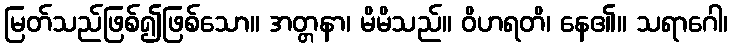
မြတ်သည်ဖြစ်၍ဖြစ်သော။ အတ္တနာ၊ မိမိသည်။ ဝိဟရတိ၊ နေ၏။ သရာဂေါ၊